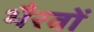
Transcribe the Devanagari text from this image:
भैरवों